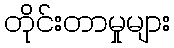
တိုင်းတာမှုများ